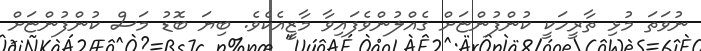
ނުވަތަ މުޅި ތާރީހަކީ ކުންފުންޏަށް ގެއްލުންވެފައިވާ މާޒީއެކެވެ. ބިޔަ ބޮޑު މަސް ކުންފުންޏަށް